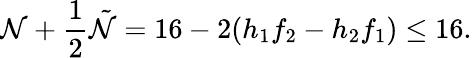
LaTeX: \mathcal{N}+\frac{{1}}{{2}}\tilde{{\mathcal{N}}}=16-2(h_{1}f_{2}-h_{2}f_{1})\leq16.